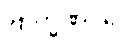
ဗြာဟ္မဏဝဂ္ဂေ